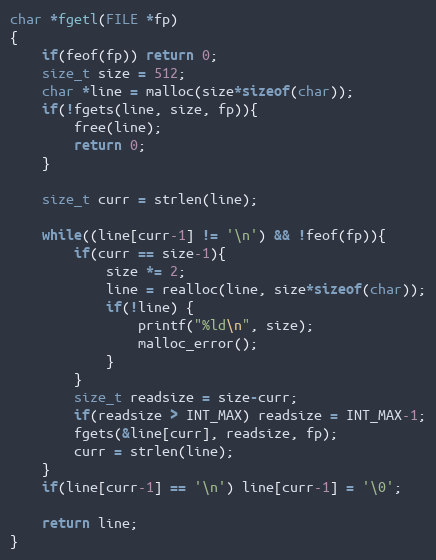
Language: C
char *fgetl(FILE *fp)
{
    if(feof(fp)) return 0;
    size_t size = 512;
    char *line = malloc(size*sizeof(char));
    if(!fgets(line, size, fp)){
        free(line);
        return 0;
    }

    size_t curr = strlen(line);

    while((line[curr-1] != '\n') && !feof(fp)){
        if(curr == size-1){
            size *= 2;
            line = realloc(line, size*sizeof(char));
            if(!line) {
                printf("%ld\n", size);
                malloc_error();
            }
        }
        size_t readsize = size-curr;
        if(readsize > INT_MAX) readsize = INT_MAX-1;
        fgets(&line[curr], readsize, fp);
        curr = strlen(line);
    }
    if(line[curr-1] == '\n') line[curr-1] = '\0';

    return line;
}